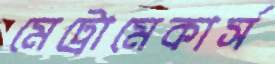
মেট্রোমেকার্স